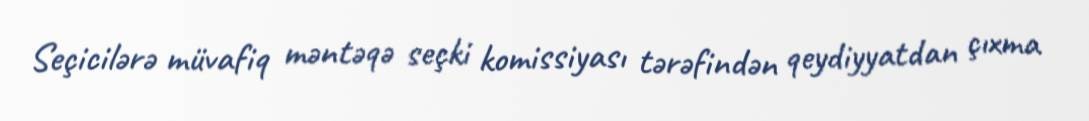
Seçicilərə müvafiq məntəqə seçki komissiyası tərəfindən qeydiyyatdan çıxma